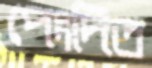
পেংদিত